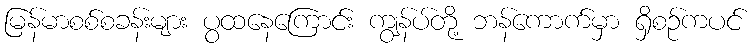
မြန်မာစစ်စခန်းများ ပွထနေကြောင်း ကျွန်ပ်တို့ ဘန်ကောက်မှာ ရှိစဉ်ကပင်